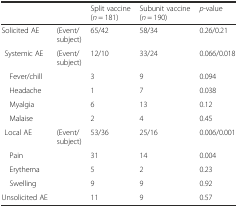
| <COLSPAN=2>  | Split vaccine (n = 181) | Subunit vaccine (n = 190) | p-value |
 | --- | --- | --- | --- | --- |
 | Solicited AE | (Event/subject) | 65/42 | 58/34 | 0.26/0.21 |
 | Systemic AE | (Event/subject) | 12/10 | 33/24 | 0.066/0.018 |
 | Fever/chill |  | 3 | 9 | 0.094 |
 | Headache |  | 1 | 7 | 0.038 |
 | Myalgia |  | 6 | 13 | 0.12 |
 | Malaise |  | 2 | 4 | 0.45 |
 | Local AE | (Event/subject) | 53/36 | 25/16 | 0.006/0.001 |
 | Pain |  | 31 | 14 | 0.004 |
 | Erythema |  | 5 | 2 | 0.23 |
 | Swelling |  | 9 | 9 | 0.92 |
 | Unsolicited AE |  | 11 | 9 | 0.57 |